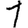
Digit: 1